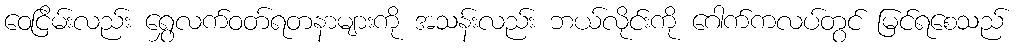
ဝေငြိမ်းလည်း ရွှေလက်ဝတ်ရတနာများကို အသန်းလည်း ဘယ်လိုင်းကို ဂေါက်ကလပ်တွင် မြင်ရစေသည်